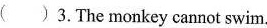
( )3.The monkey cannot swim.